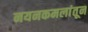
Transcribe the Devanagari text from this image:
नयनकमलांतून